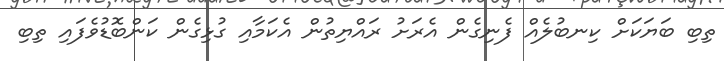
ތިބި ބަޔަކަށް ކިނބުލެއް ފެނިގެން އެރަށު ރައްޔިތުން އެކަމާއި ގުޅިގެން ކަންބޮޑުވެފައި ތިބި